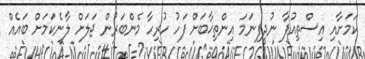
ކަމަށާއި އިސްތިއުފާ ނުދީފިނަމަ އިންތިޚާބަށް ފަހު ހުރިހާ މެންބަރުން ޖަލަށް ލާނެކަމަށް ބައެއް